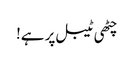
چٹھی ٹیبل پر ہے!